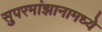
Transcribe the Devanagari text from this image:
सुपरमांझानामध्ये